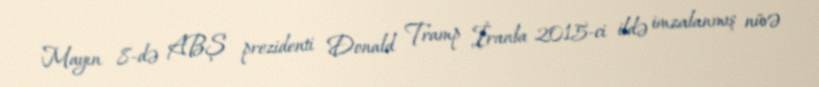
Mayın 8-də ABŞ prezidenti Donald Tramp İranla 2015-ci ildə imzalanmış nüvə